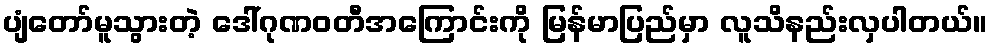
ပျံတော်မူသွားတဲ့ ဒေါ်ဂုဏဝတီအကြောင်းကို မြန်မာပြည်မှာ လူသိနည်းလှပါတယ်။